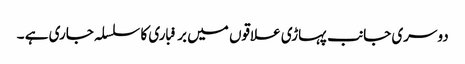
دوسری جانب پہاڑی علاقوں میں برفباری کا سلسلہ جاری ہے ۔